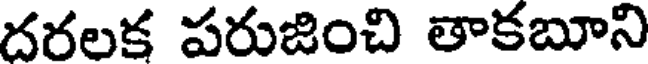
దరలక పరుజించి తాకబూని